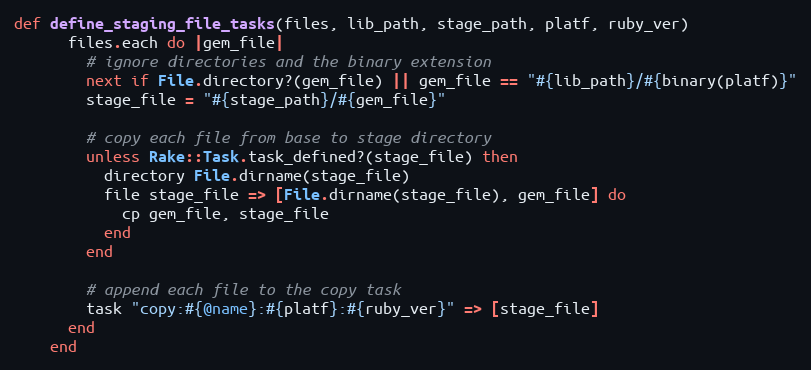
Language: Ruby
def define_staging_file_tasks(files, lib_path, stage_path, platf, ruby_ver)
      files.each do |gem_file|
        # ignore directories and the binary extension
        next if File.directory?(gem_file) || gem_file == "#{lib_path}/#{binary(platf)}"
        stage_file = "#{stage_path}/#{gem_file}"

        # copy each file from base to stage directory
        unless Rake::Task.task_defined?(stage_file) then
          directory File.dirname(stage_file)
          file stage_file => [File.dirname(stage_file), gem_file] do
            cp gem_file, stage_file
          end
        end

        # append each file to the copy task
        task "copy:#{@name}:#{platf}:#{ruby_ver}" => [stage_file]
      end
    end